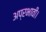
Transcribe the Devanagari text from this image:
अप्रभावी।